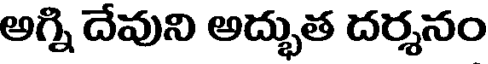
అగ్ని దేవుని అద్భుత దర్శనం